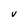
Character: V